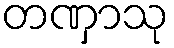
တဏှာသု